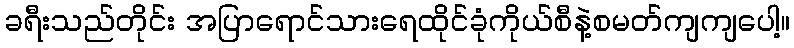
ခရီးသည်တိုင်း အပြာရောင်သားရေထိုင်ခုံကိုယ်စီနဲ့စမတ်ကျကျပေါ့။